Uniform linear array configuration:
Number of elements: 48
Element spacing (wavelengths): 0.75
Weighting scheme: cosine
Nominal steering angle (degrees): -15
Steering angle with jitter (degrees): -13.827
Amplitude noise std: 0.05
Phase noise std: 0.05

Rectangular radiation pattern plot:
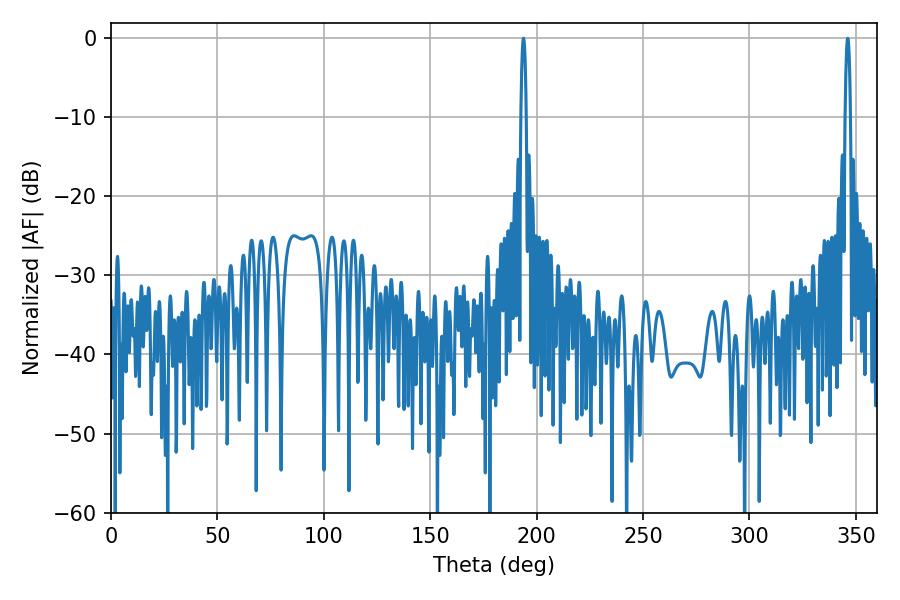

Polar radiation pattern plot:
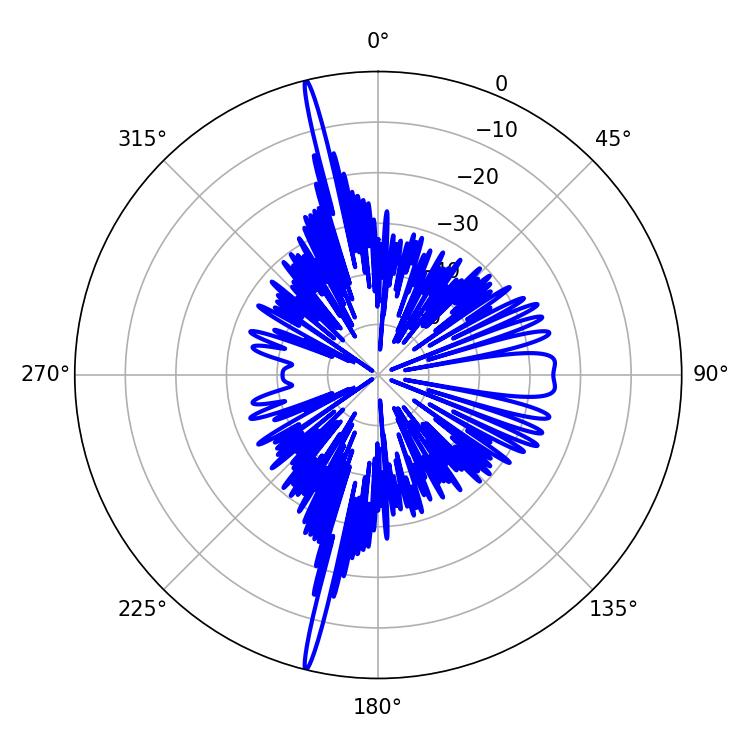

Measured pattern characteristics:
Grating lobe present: TRUE
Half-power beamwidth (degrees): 1.44
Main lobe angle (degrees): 193.86